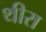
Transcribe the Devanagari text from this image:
थीरा